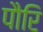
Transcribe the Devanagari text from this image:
पौरि